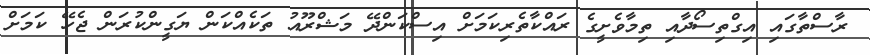
ރާސްތާގައި އިގްތިސޯދާއި ތިމާވެށީގެ ރައްކާތެރިކަމަށް އިސްކަންދޭ މަޝްރޫއު ތަކެއްކަން ޔަގީންކުރަން ޖެހޭ ކަމަށް